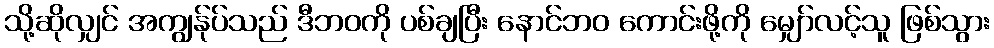
သို့ဆိုလျှင် အကျွန်ုပ်သည် ဒီဘဝကို ပစ်ချပြီး နောင်ဘဝ ကောင်းဖို့ကို မျှော်လင့်သူ ဖြစ်သွား